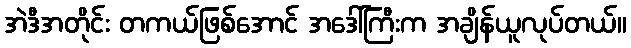
အဲဒီအတိုင်း တကယ်ဖြစ်အောင် အဒေါ်ကြီးက အချိန်ယူလုပ်တယ်။